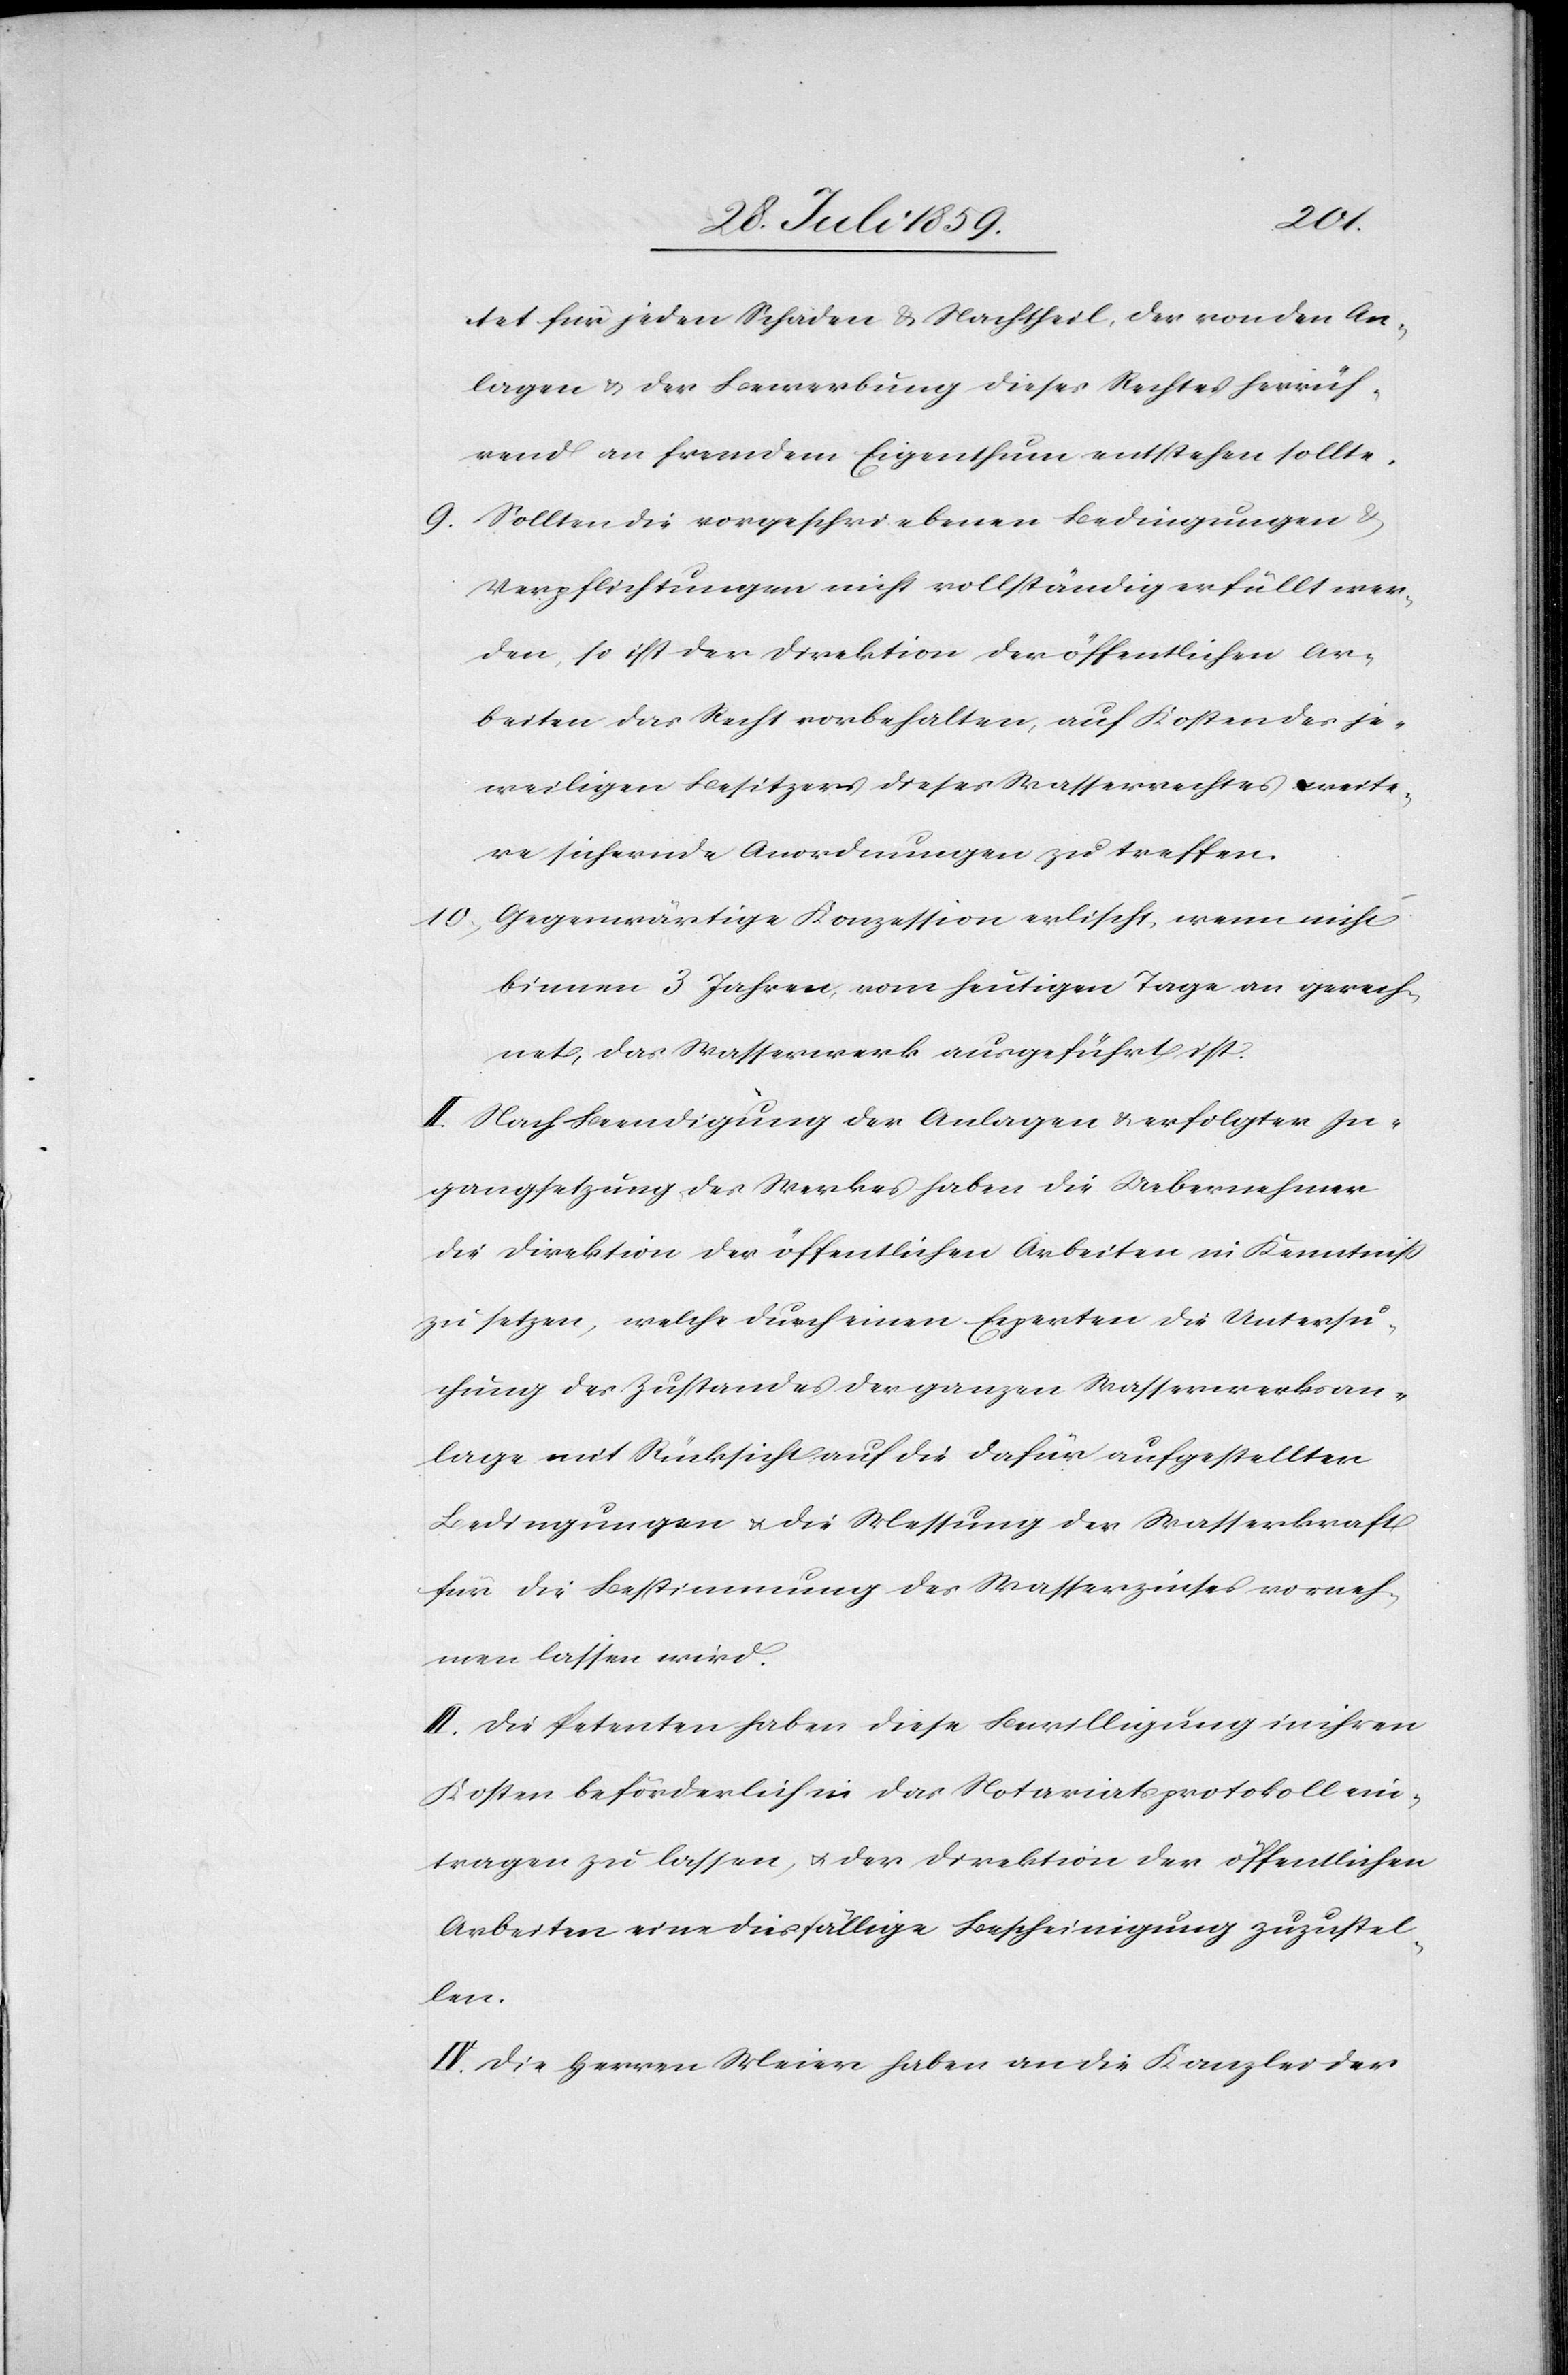
tet für jeden Schaden u. Nachtheil, der von den An¬
lagen u. der Bewerbung dieses Rechtes herrüh¬
rend an fremdem Eigenthum entstehen sollte.
9. Sollten die vorgeschriebenen Bedingungen u.
Verpflichtungen nicht vollständig erfüllt wer¬
den, so ist der Direktion der öffentlichen Ar¬
beiten das Recht vorbehalten, auf Kosten des je¬
weiligen Besitzers dieses Wasserrechts weite¬
re sichernde Anordnungen zu treffen.
10. Gegenwärtige Konzession erlischt, wenn nicht
binnen 3 Jahren vom heutigen Tage an gerech¬
net, das Wasserwerk ausgeführt ist.
II. Nach Beendigung der Anlagen u. erfolgter In¬
gangsetzung des Werkes haben die Uebernehmer
die Direktion der öffentlichen Arbeiten in Kenntniß
zu setzen, welche durch einen Experten die Untersu¬
chung des Zustandes der ganzen Wasserwerksan¬
lage mit Rücksicht auf die dafür aufgestellten
Bedingungen u. die Messung der Wasserkraft
für die Bestimmung des Wasserzinses vorneh¬
men lassen wird.
III. Die Petenten haben diese Bewilligung in ihren
Kosten beförderlich in das Notariatsprotokoll ein¬
tragen zu lassen, u. der Direktion der öffentlichen
Arbeiten eine diesfällige Bescheinigung zuzustel¬
len.
IV. Die Herren Meier haben an die Kanzlei der